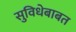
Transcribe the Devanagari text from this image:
सुविधेबाबत